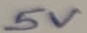
Text: 5V